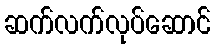
ဆက်လက်လုပ်ဆောင်